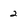
Character: 2